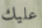
عليك